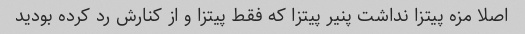
اصلا مزه پیتزا نداشت پنیر پیتزا که فقط پیتزا و از کنارش رد کرده بودید